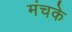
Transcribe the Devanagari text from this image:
मंचके